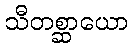
သီတစ္ဆာယော